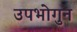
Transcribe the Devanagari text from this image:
उपभोगुन